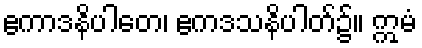
ဧကာဒနိပါတေ၊ ဧကဒသနိပါတ်၌။ ဣမံ